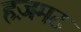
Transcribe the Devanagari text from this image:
हज़मट